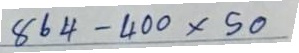
864 - 400 x 50